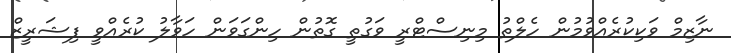
ނާޒިމް ވަކިކުރެއްވުމުން ހެލްތު މިނިސްޓްރީ ވަގުތީ ގޮތުން ހިންގަވަން ހަވާލު ކުރެއްވީ ފިޝަރީޒް